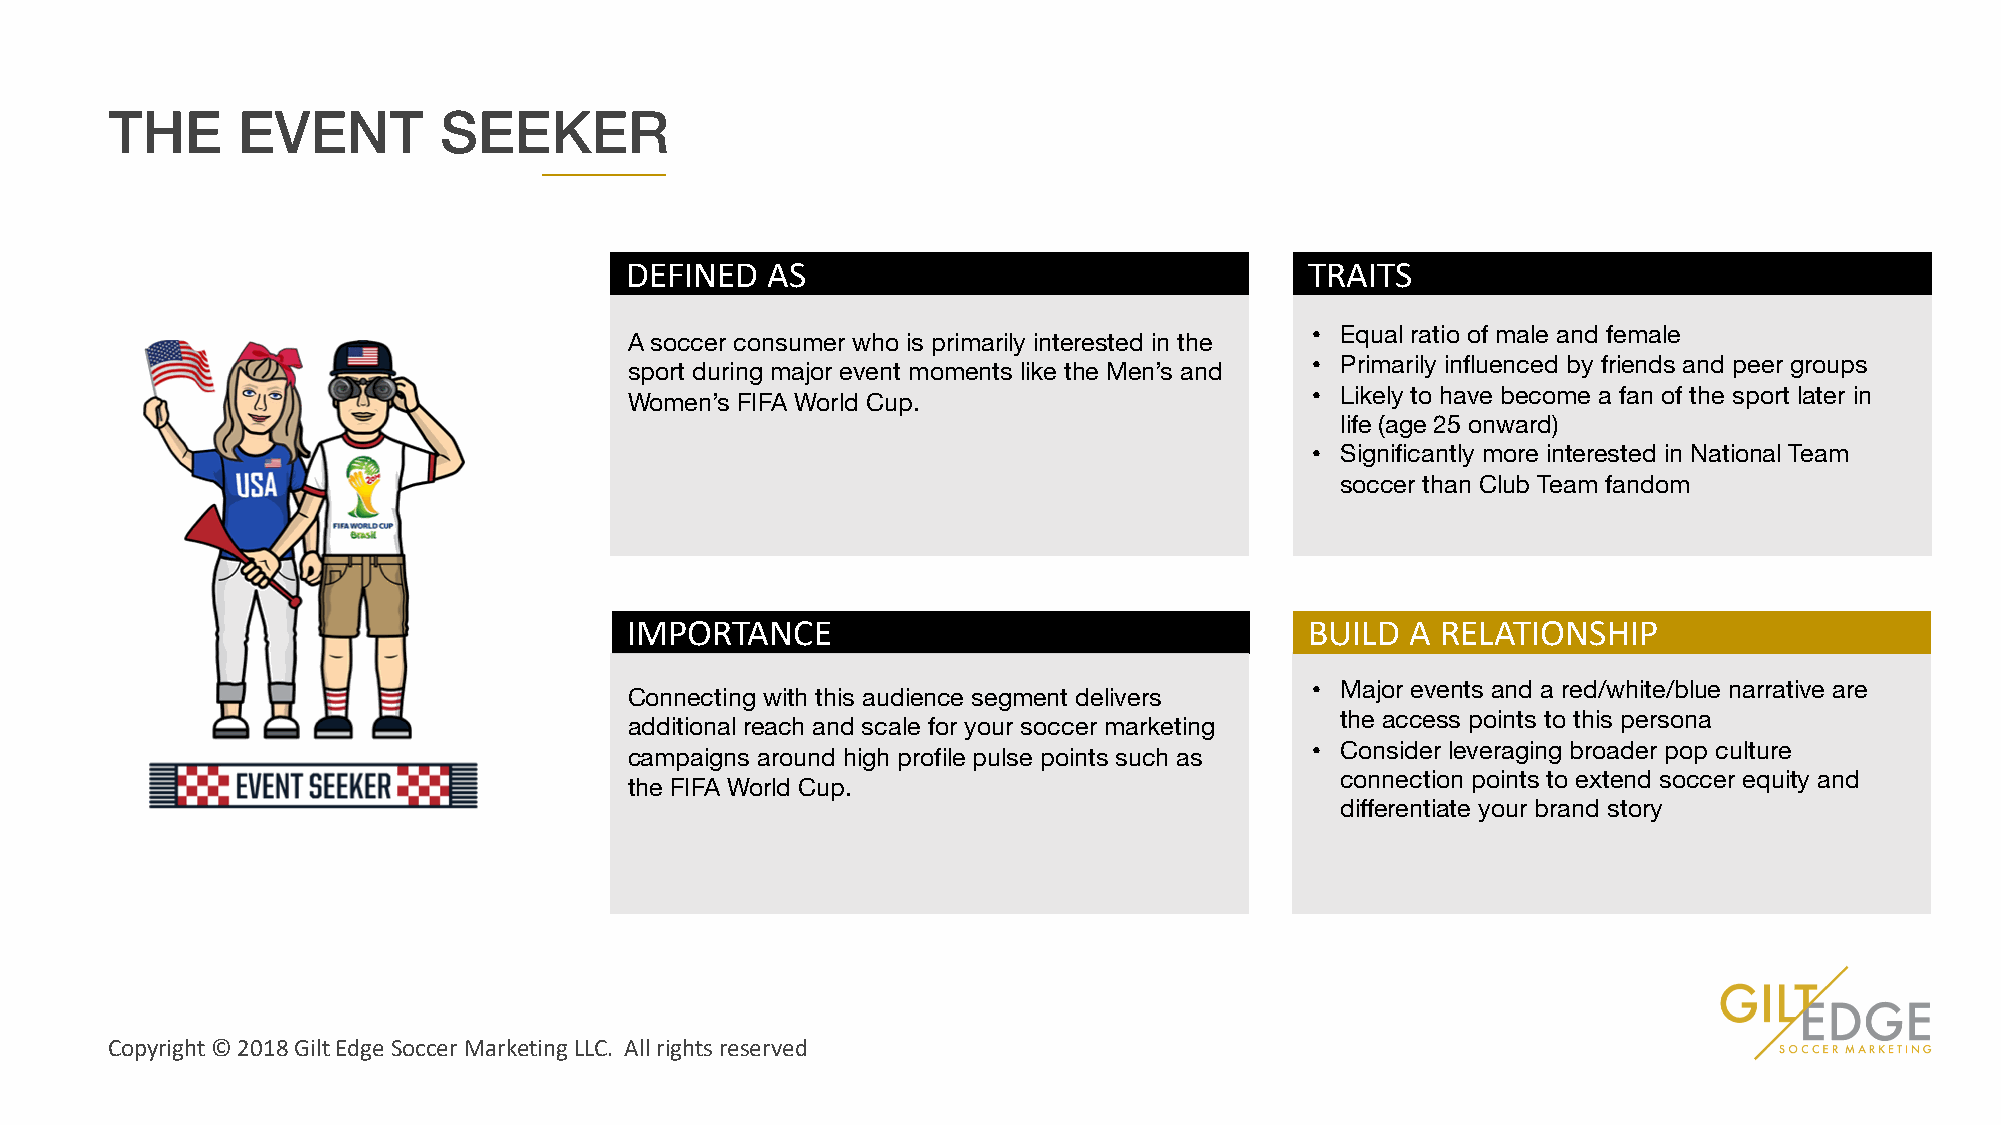
THE      EVENT        SEEKER
 DEFINED   AS                                  TRAITS
 • Equal ratio of male and female
 A soccer consumer who is primarily interested in the
 • Primarily influenced by friends and peer groups
 sport during major event moments like the Men’s and
 • Likely to have become a fan of the sport later in
 Women’s FIFA World Cup.
 life (age 25 onward)
 • Significantly more interested in National Team
 soccer than Club Team fandom
 IMPORTANCE                                    BUILD A RELATIONSHIP
 • Major events and a red/white/blue narrative are
 Connecting with this audience segment delivers
 the access points to this persona
 additional reach and scale for your soccer marketing
 • Consider leveraging broader pop culture
 campaigns around high profile pulse points such as
 connection points to extend soccer equity and
 the FIFA World Cup.
 differentiate your brand story
 Copyright © 2018 Gilt Edge Soccer Marketing LLC. All rights reserved